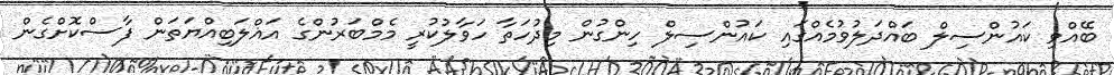
ބޭއްވި ކައުންސިލް ބައްދަލުވުމެއްގައި ކައުންސިލް ހިންގުން މިދުހަތާ ހަވާލުކުރީ މެމްބަރުންގެ އަޣްލަބިއްޔަތަން ފާސްކޮށްގެން